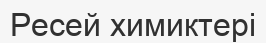
Ресей химиктері